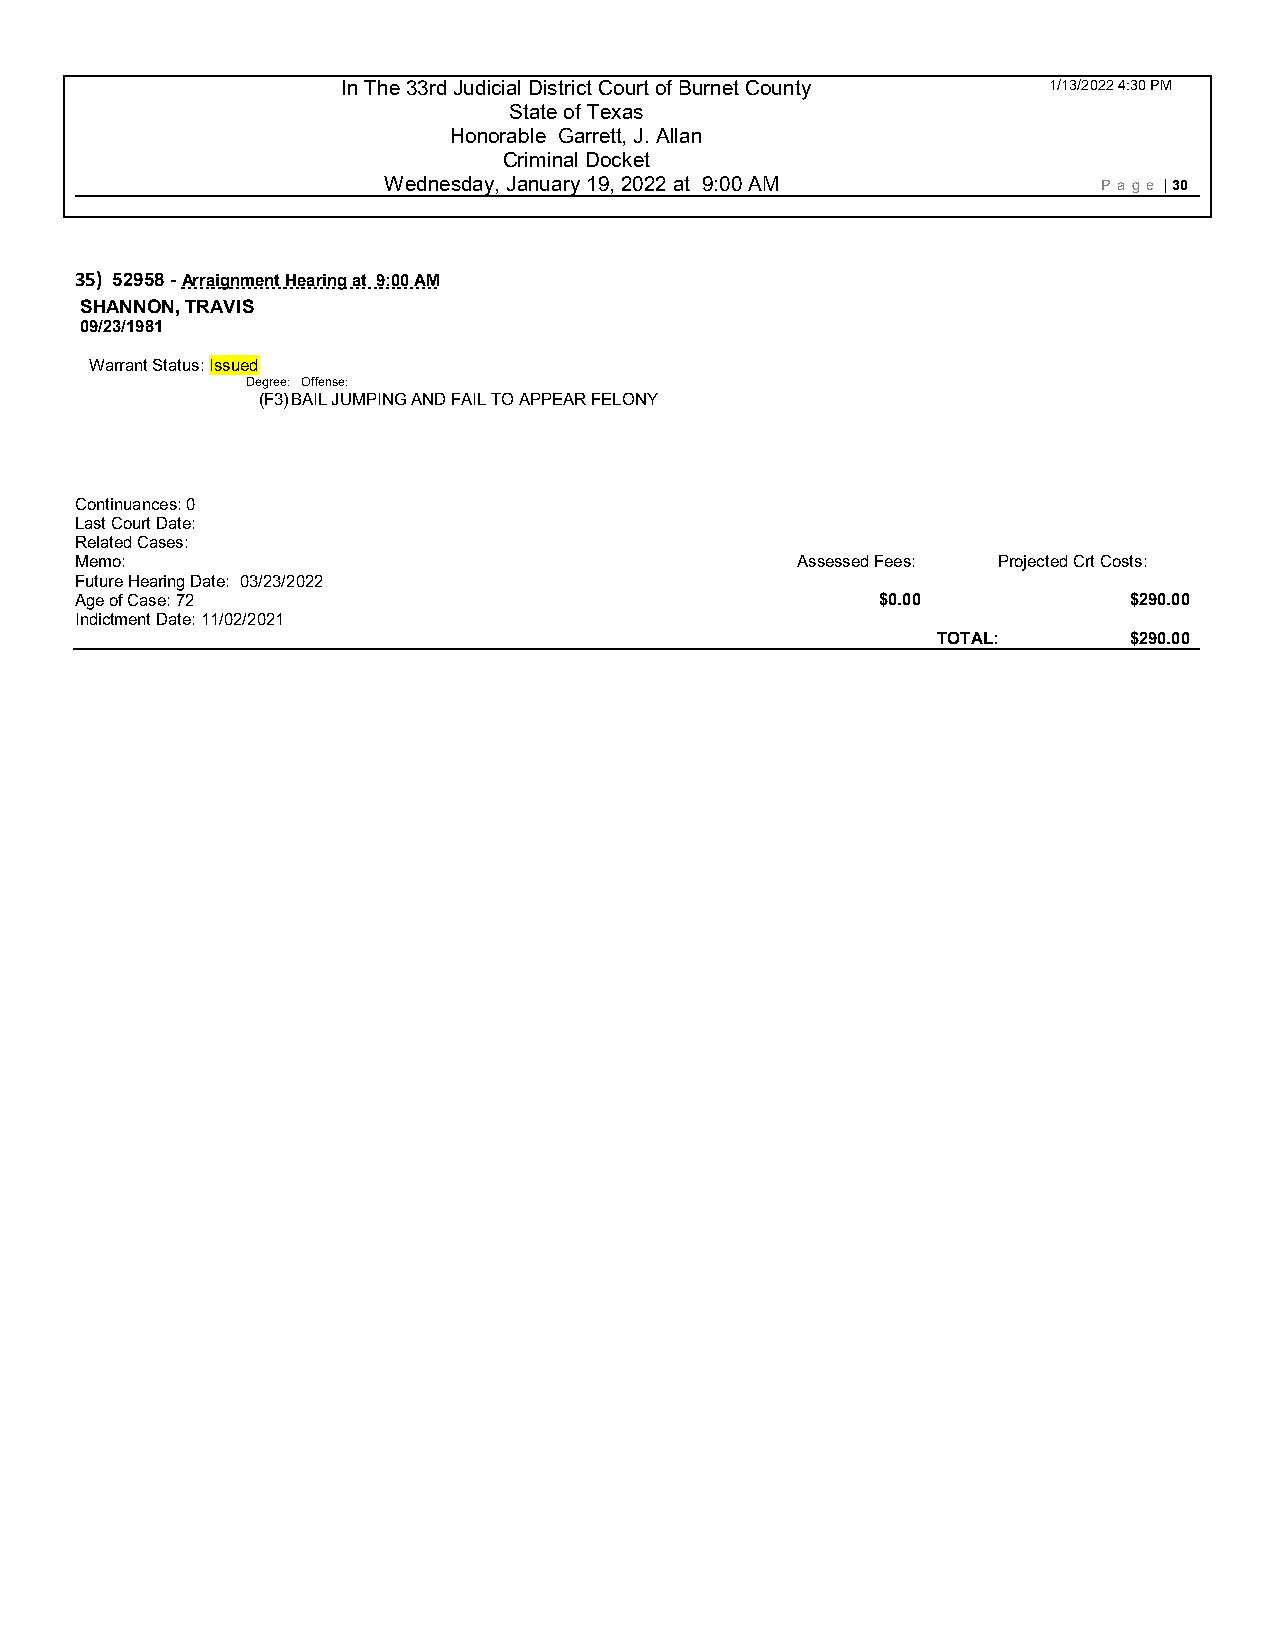
In The 33rd Judicial District Court of Burnet County 1/13/2022 4:30 PM
 State of Texas
 Honorable Garrett, J. Allan
 Criminal Docket
 Wednesday, January 19, 2022 at 9:00 AM          P age | 30
 35) 52958 - Arraignment Hearing at 9:00 AM
 SHANNON, TRAVIS
 09/23/1981
 Warrant Status: Issued
 Degree: Offense:
 (F3) BAIL JUMPING AND FAIL TO APPEAR FELONY
 Continuances: 0
 Last Court Date:
 Related Cases:
 Memo:                                           Assessed Fees: Projected Crt Costs:
 Future Hearing Date: 03/23/2022
 Age of Case: 72                                      $0.00            $290.00
 Indictment Date: 11/02/2021
 TOTAL:       $290.00